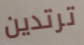
ترتدين